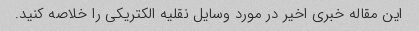
این مقاله خبری اخیر در مورد وسایل نقلیه الکتریکی را خلاصه کنید.